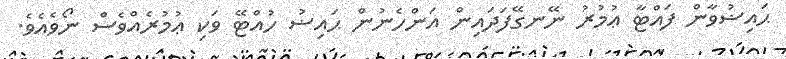
ޙައިޟުވާން ފައްޓާ ޢުމުރު ނޭނގޭފަދައިން އަންހެނުން ޙައިޟު ހުއްޓޭ ވަކި ޢުމުރެއްވެސް ނޯވެއެވެ.